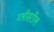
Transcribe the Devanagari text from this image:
ग्लीसरॉल